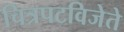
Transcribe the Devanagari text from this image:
चित्रपटविजेते